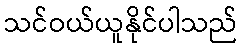
သင်ဝယ်ယူနိုင်ပါသည်